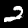
Digit: 2